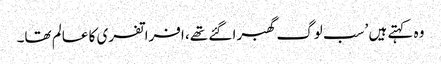
وہ کہتے ہیں ’سب لوگ گھبرا گئے تھے، افراتفری کا عالم تھا۔